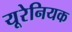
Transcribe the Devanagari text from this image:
यूरेनियक